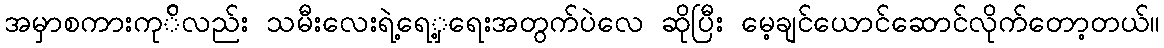
အမှာစကားကု်ိလည်း သမီးလေးရဲ့ရေှ့ရေးအတွက်ပဲလေ ဆိုပြီး မေ့ချင်ယောင်ဆောင်လိုက်တော့တယ်။